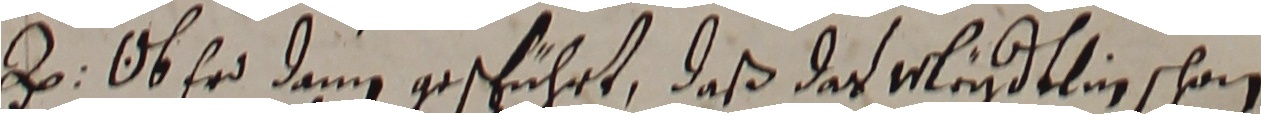
h ob er dann gescführt, daß das eleiydtlin schon